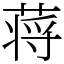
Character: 蒋